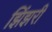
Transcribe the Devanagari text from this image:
झिंझरी